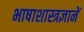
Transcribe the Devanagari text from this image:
भाषाशास्त्रज्ञानें